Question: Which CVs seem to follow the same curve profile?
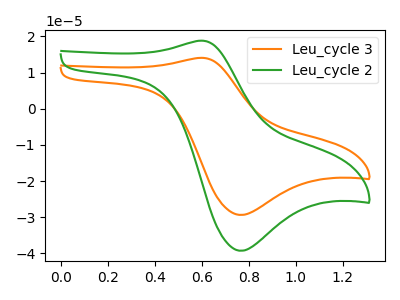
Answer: <think>The orange curve "Leu_cycle 3" has an anodic peak at (0.60V, 14.05uA) and a cathodic peak at (0.75V, -29.40uA). The green curve "Leu_cycle 2" has an anodic peak at (0.60V, 18.80uA) and a cathodic peak at (0.75V, -39.30uA).
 All the peaks in "Leu_cycle 3" have a peak in "Leu_cycle 2" at the same potential. Every peak in "Leu_cycle 3" is lower than every peak in "Leu_cycle 2".</think>
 <answer>"Leu_cycle 3" and "Leu_cycle 2" have the same shape and are likely CV's of the same chemical.</answer>
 <eval>"Leu_cycle 3" "Leu_cycle 2"</eval>